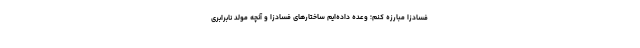
فسادزا مبارزه کنم؛ وعده داده‌ایم ساختارهای فسادزا و آنچه مولد نابرابری